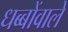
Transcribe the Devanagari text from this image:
धब्बोंवाले